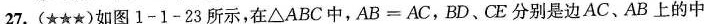
27.()如图1-1-23所示，在ΔABC中，AB=AC，BD、CE分别是边AC、AB上的中